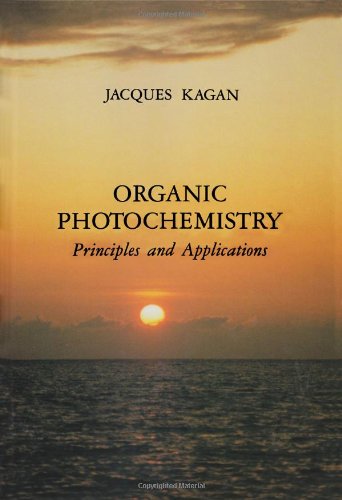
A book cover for Organic Photochemistry: Principles and Applications; Jacques Kagan; Science & Math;